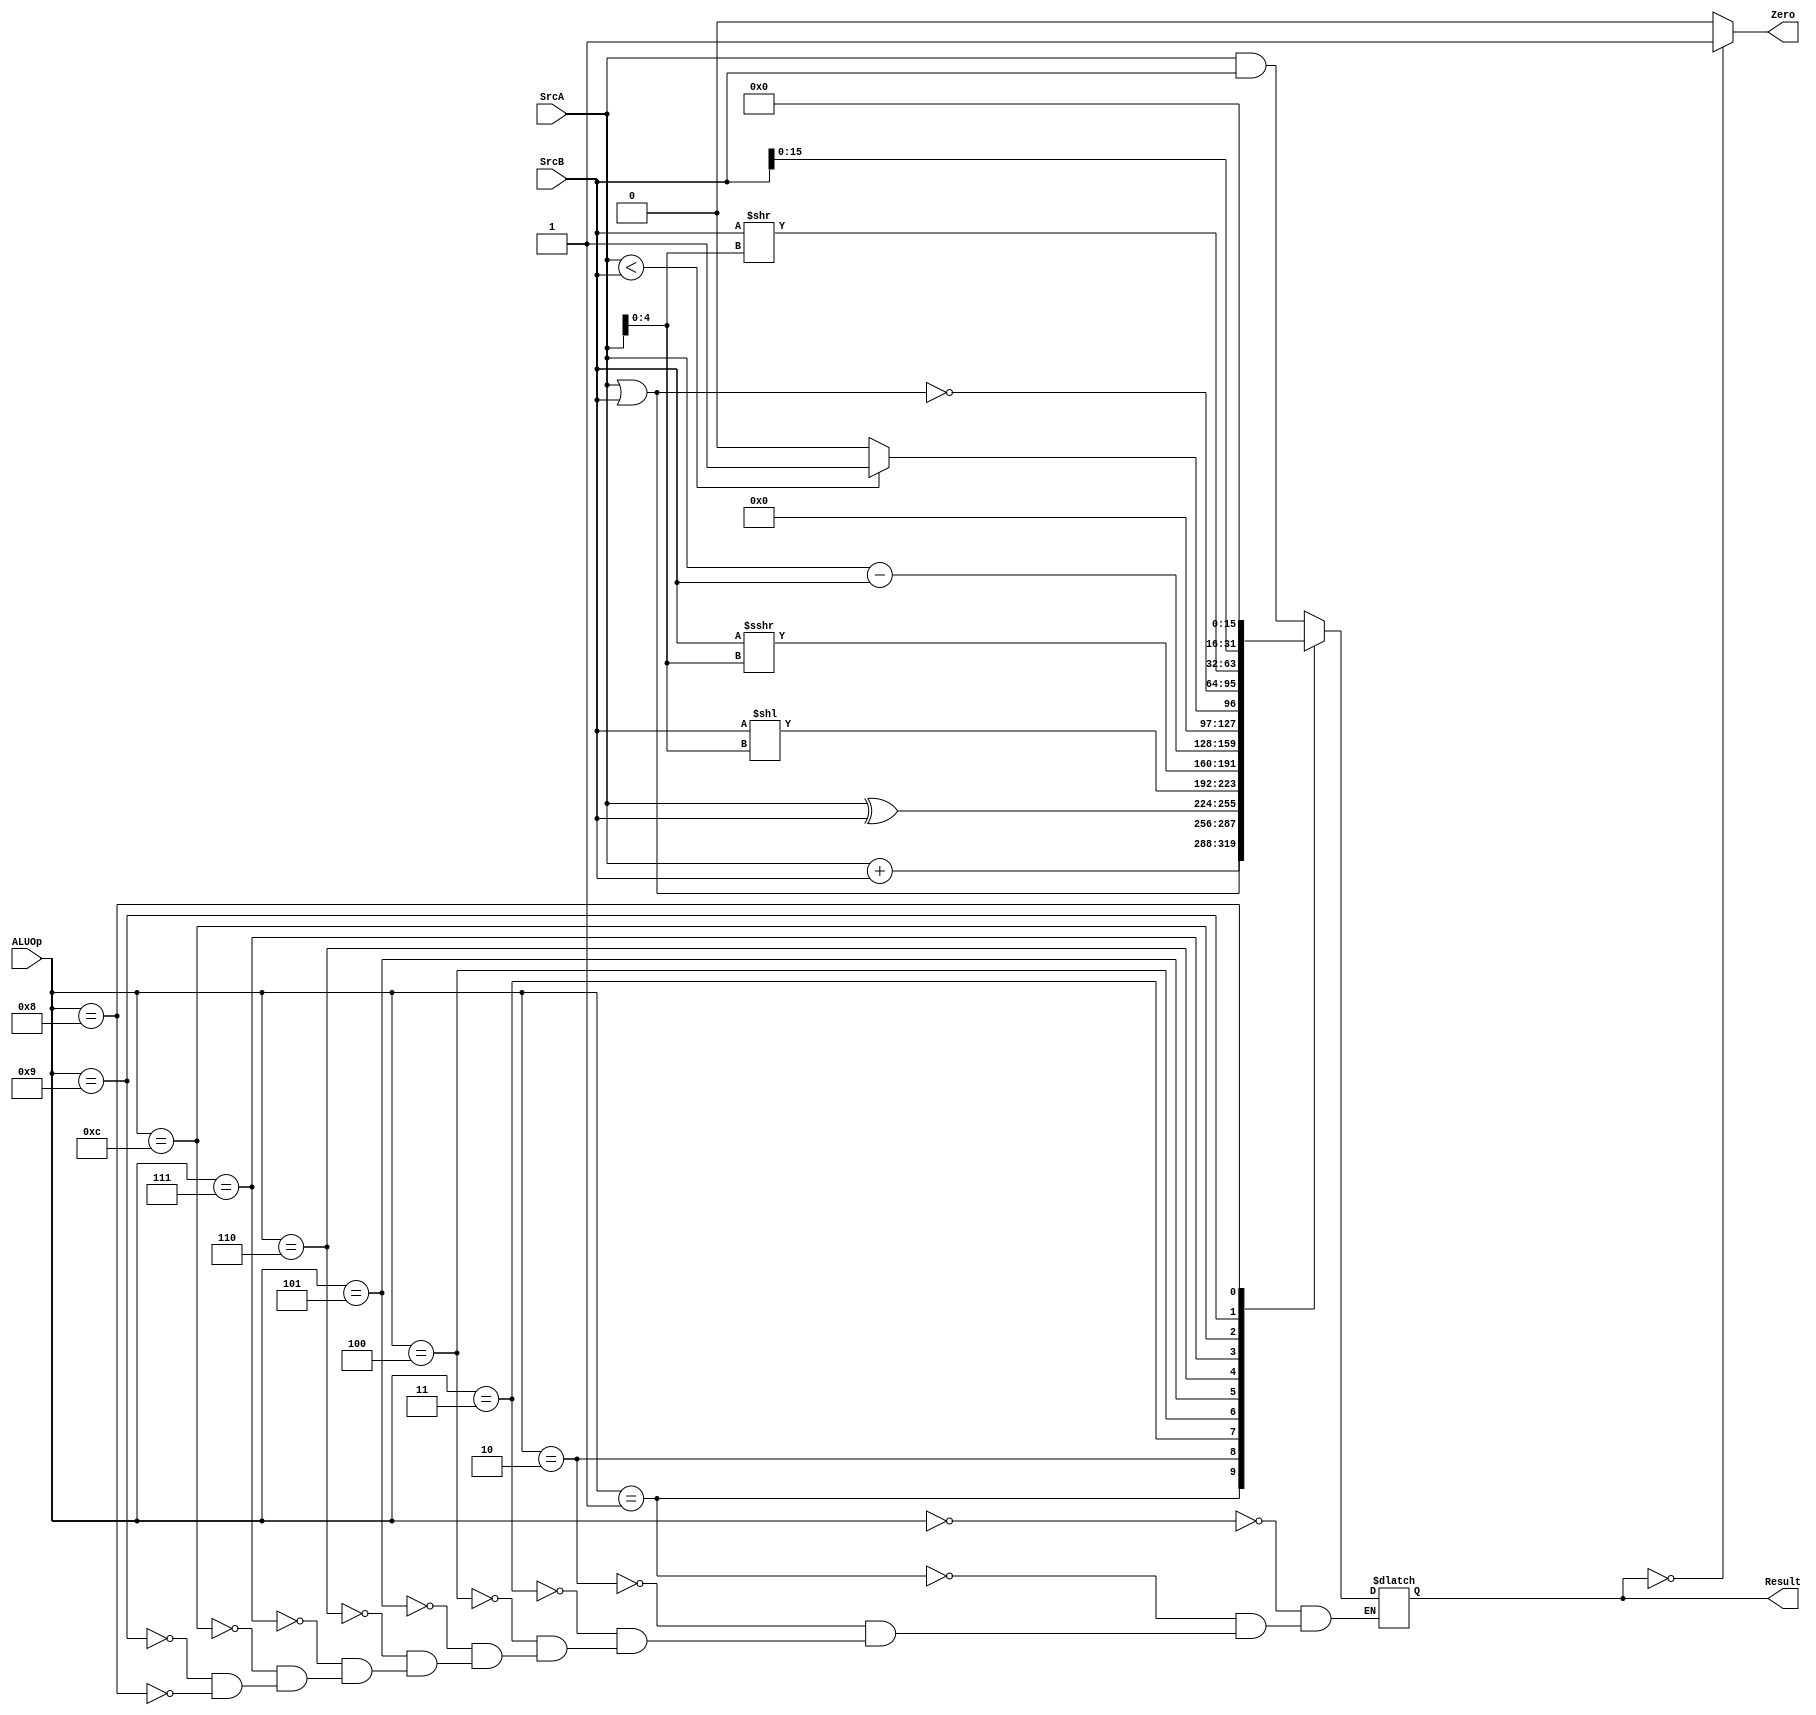
module ALU(SrcA, SrcB, ALUOp, Zero, Result);

input [31:0] SrcA, SrcB;
input [3:0] ALUOp;
output Zero;
output [31:0] Result;

parameter AND = 4'b0000;
parameter OR  = 4'b0001;
parameter ADD = 4'b0010;
parameter XOR = 4'b0011;
parameter SLL = 4'b0100;
parameter SRL = 4'b0101;
parameter SUB = 4'b0110;
parameter SLT = 4'b0111;
parameter LUI = 4'b1000;
parameter SRA = 4'b1001;
parameter NOR = 4'b1100;

reg [31:0] ALUResult;
always @(*)
begin
	case (ALUOp)
		AND: ALUResult = SrcA & SrcB;
		OR : ALUResult = SrcA | SrcB;
		ADD: ALUResult = SrcA + SrcB;
		XOR: ALUResult = SrcA ^ SrcB;
		SLL: ALUResult = SrcB << SrcA[4:0];
		SRL: ALUResult = SrcB >>> SrcA[4:0];
		SUB: ALUResult = SrcA - SrcB;
		SLT: ALUResult = (SrcA < SrcB) ? 1 : 0;
		NOR: ALUResult = ~(SrcA | SrcB);
		SRA: ALUResult = SrcB >> SrcA[4:0];
		LUI: ALUResult = {SrcB, 16'b0};
	endcase
end
assign Zero = (ALUResult == 0)?1:0;
assign Result = ALUResult;
endmodule